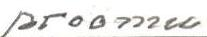
proomu